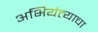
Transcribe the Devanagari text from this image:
अभियंत्याचा